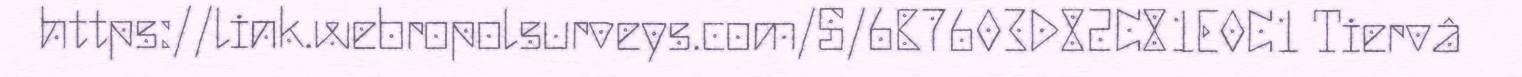
https://link.webropolsurveys.com/S/6B7603D82C81E0C1 Tiervâ